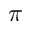
\pi